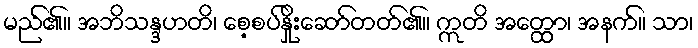
မည်၏။ အဘိသန္ဒဟတိ၊ စေ့စပ်နှိုးဆော်တတ်၏။ ဣတိ အတ္ထော၊ အနက်။ သာ၊